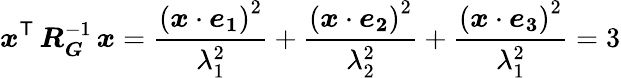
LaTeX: \boldsymbol{x}^{\mathsf{T}}\, \boldsymbol{R_{G}}^{-1}\, \boldsymbol{x}=\frac{{\left(\boldsymbol{x}\cdot\boldsymbol{e_{1}}\right)^{2}}}{{\lambda_{1}^{2}}}+\frac{{\left(\boldsymbol{x}\cdot\boldsymbol{e_{2}}\right)^{2}}}{{\lambda_{2}^{2}}}+\frac{{\left(\boldsymbol{x}\cdot\boldsymbol{e_{3}}\right)^{2}}}{{\lambda_{1}^{2}}}=3